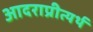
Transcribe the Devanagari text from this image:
आदराप्रीत्यर्थ